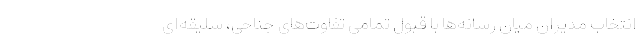
انتخاب مدیران میان رسانه‌ها با قبول تمامی تفاوت‌های جناحی، سلیقه‌ای